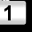
Digit: 1